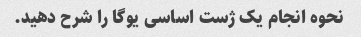
نحوه انجام یک ژست اساسی یوگا را شرح دهید.